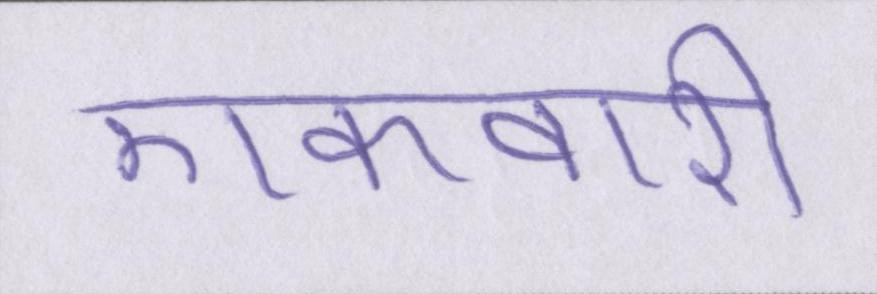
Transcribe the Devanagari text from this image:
एकवारी